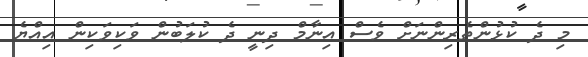
މި ދެ ކުޅުންތެރިންނަށް ވެސް އިނާމް ދިނީ ދެ ކުލަބުން ވަކިވަކިން އިއްޔެ